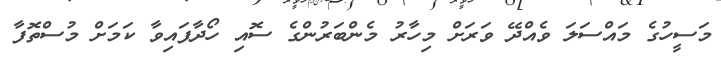
މަސީހުގެ މައްސަލަ ވެއްދޭ ވަރަށް މިހާރު މެންބަރުންގެ ސޮއި ހޯދާފައިވާ ކަމަށް މުސްތޮފާ